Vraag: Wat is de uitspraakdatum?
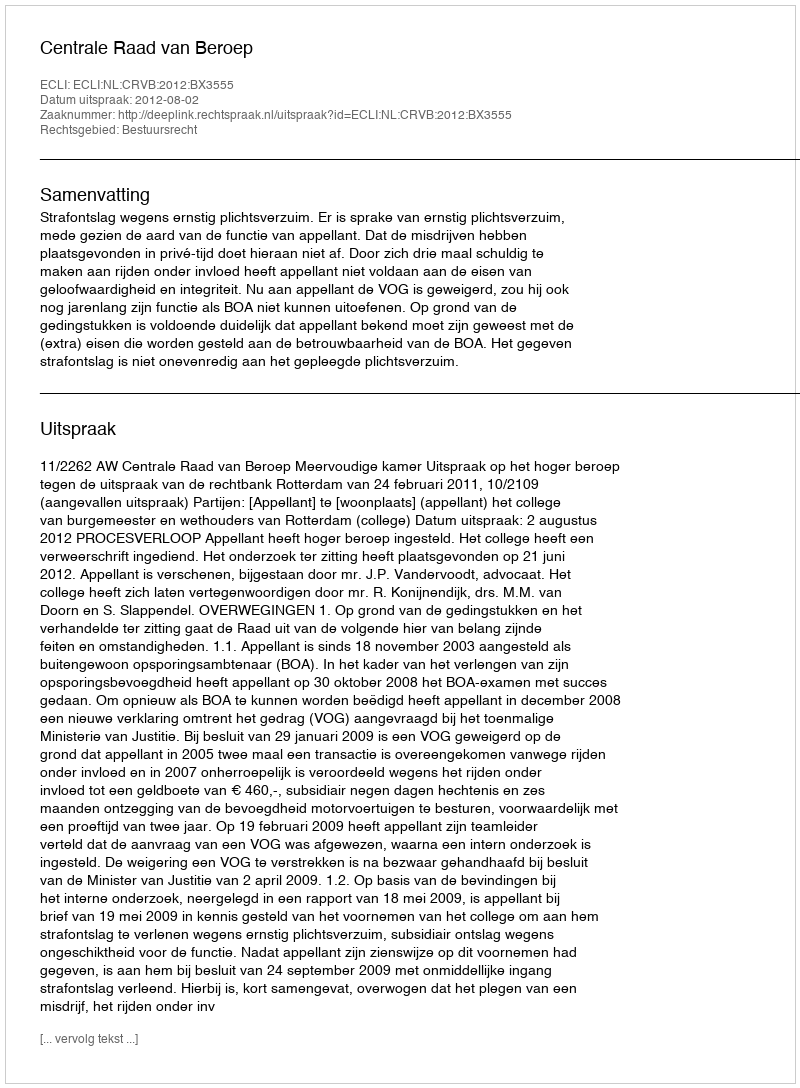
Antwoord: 2012-08-02